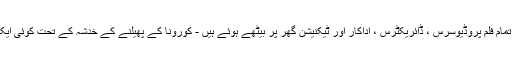
فلموں کی شوٹنگ پر پابندی ، تمام فلم پروڈیوسرس ، ڈائریکٹرس ، اداکار اور ٹیکنیشن گھر پر بیٹھے ہوئے ہیں - کورونا کے پھیلنے کے خدشہ کے تحت کوئی ایک دوسرے سے مل نہیں سکتا ۔